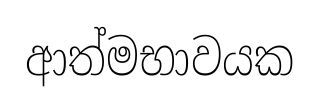
ආත්මභාවයක